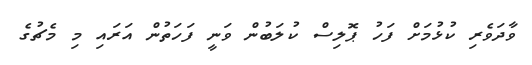
ވާދަވެރި ކުޅުމަށް ފަހު ޕޮލިސް ކުލަބުން ވަނީ ފަހަތުން އަރައި މި މެޗުގެ